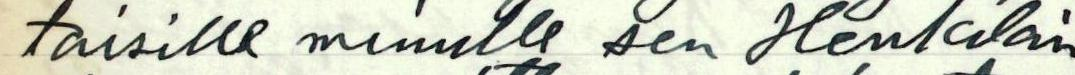
taisille minulle sen Henkilön